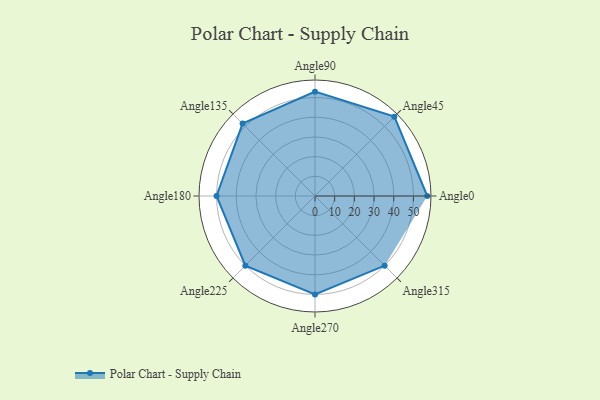
{"axis": {"x": "Angle", "y": "Radius"}, "legend": [""], "data": [{"x": "Angle0", "y": 57.0, "type": ""}, {"x": "Angle45", "y": 57.0, "type": ""}, {"x": "Angle90", "y": 53.0, "type": ""}, {"x": "Angle135", "y": 52.0, "type": ""}, {"x": "Angle180", "y": 50, "type": ""}, {"x": "Angle225", "y": 50, "type": ""}, {"x": "Angle270", "y": 50, "type": ""}, {"x": "Angle315", "y": 50.0, "type": ""}]}